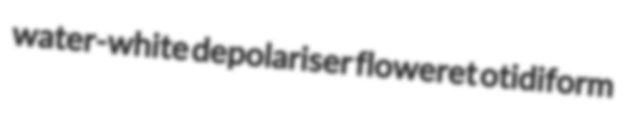
water-white depolariser floweret otidiform